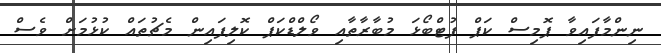
ނިންމާފައިވާ ޕޮމިސް ކަޕް ފުޓްބޯޅަ މުބާރާތާއި ވޯލްޑްކަޕް ކޮލިފައިން މެޗުތައް ކުޅުމަށް ވެސް